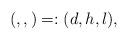
LaTeX: \begin{align*} (, , )=:(d,h,l),\end{align*}